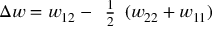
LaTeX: \Delta w = w _ { 1 2 } - { \begin{array} { l } { { \frac { 1 } { 2 } } } \end{array} } ( w _ { 2 2 } + w _ { 1 1 } )